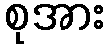
စုအား